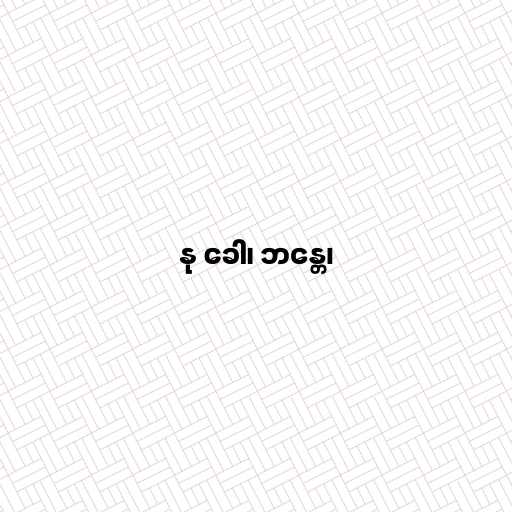
နု ခေါ၊ ဘန္တေ၊